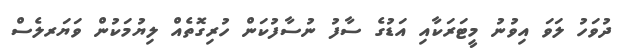
ދުވަހު ލަވަ އިވުނު މީޓަރަކާއި އަޑުގެ ސާފު ނުސާފުކަން ހުރިގޮތެއް ލިޔުމަކުން ވަޔަރލެސް